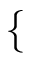
\left\{ \begin{array} { l l } { \begin{array} { r l } \end{array} } \end{array} \right.